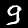
Label: 9